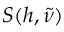
S ( h , \tilde { \nu } )